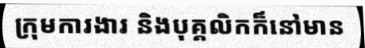
ក្រុមការងារ និងបុគ្គលិកក៏នៅមាន